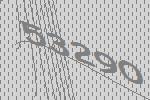
53290